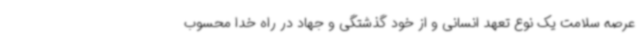
عرصه سلامت یک نوع تعهد انسانی و از خود گذشتگی و جهاد در راه خدا محسوب